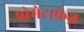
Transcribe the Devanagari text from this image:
प्रोमेटाफ़ेज़